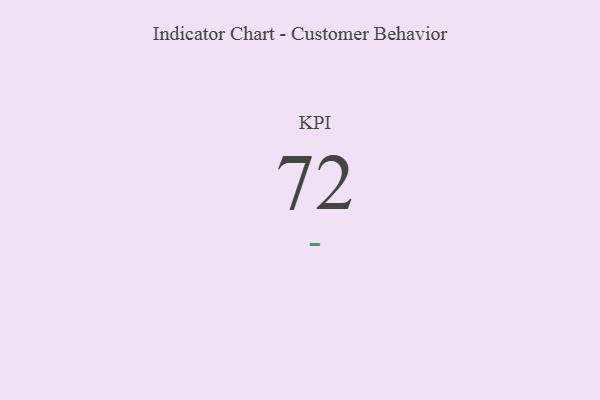
{"axis": {"x": "KPI", "y": "Value"}, "legend": [""], "data": [{"x": "KPI", "y": 72, "type": ""}]}